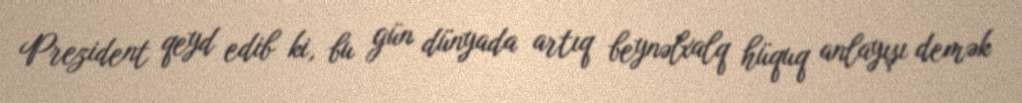
Prezident qeyd edib ki, bu gün dünyada artıq beynəlxalq hüquq anlayışı demək